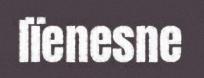
lïenesne